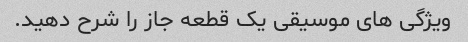
ویژگی های موسیقی یک قطعه جاز را شرح دهید.